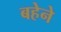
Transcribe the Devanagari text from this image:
बहेने